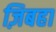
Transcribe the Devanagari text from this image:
ज़िबहा